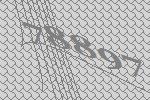
78897